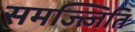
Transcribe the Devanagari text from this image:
समज्त्जिति